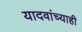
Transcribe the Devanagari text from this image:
यादवांच्याही